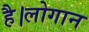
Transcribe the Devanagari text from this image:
है।लोगान